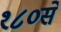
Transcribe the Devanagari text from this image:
१८०सें